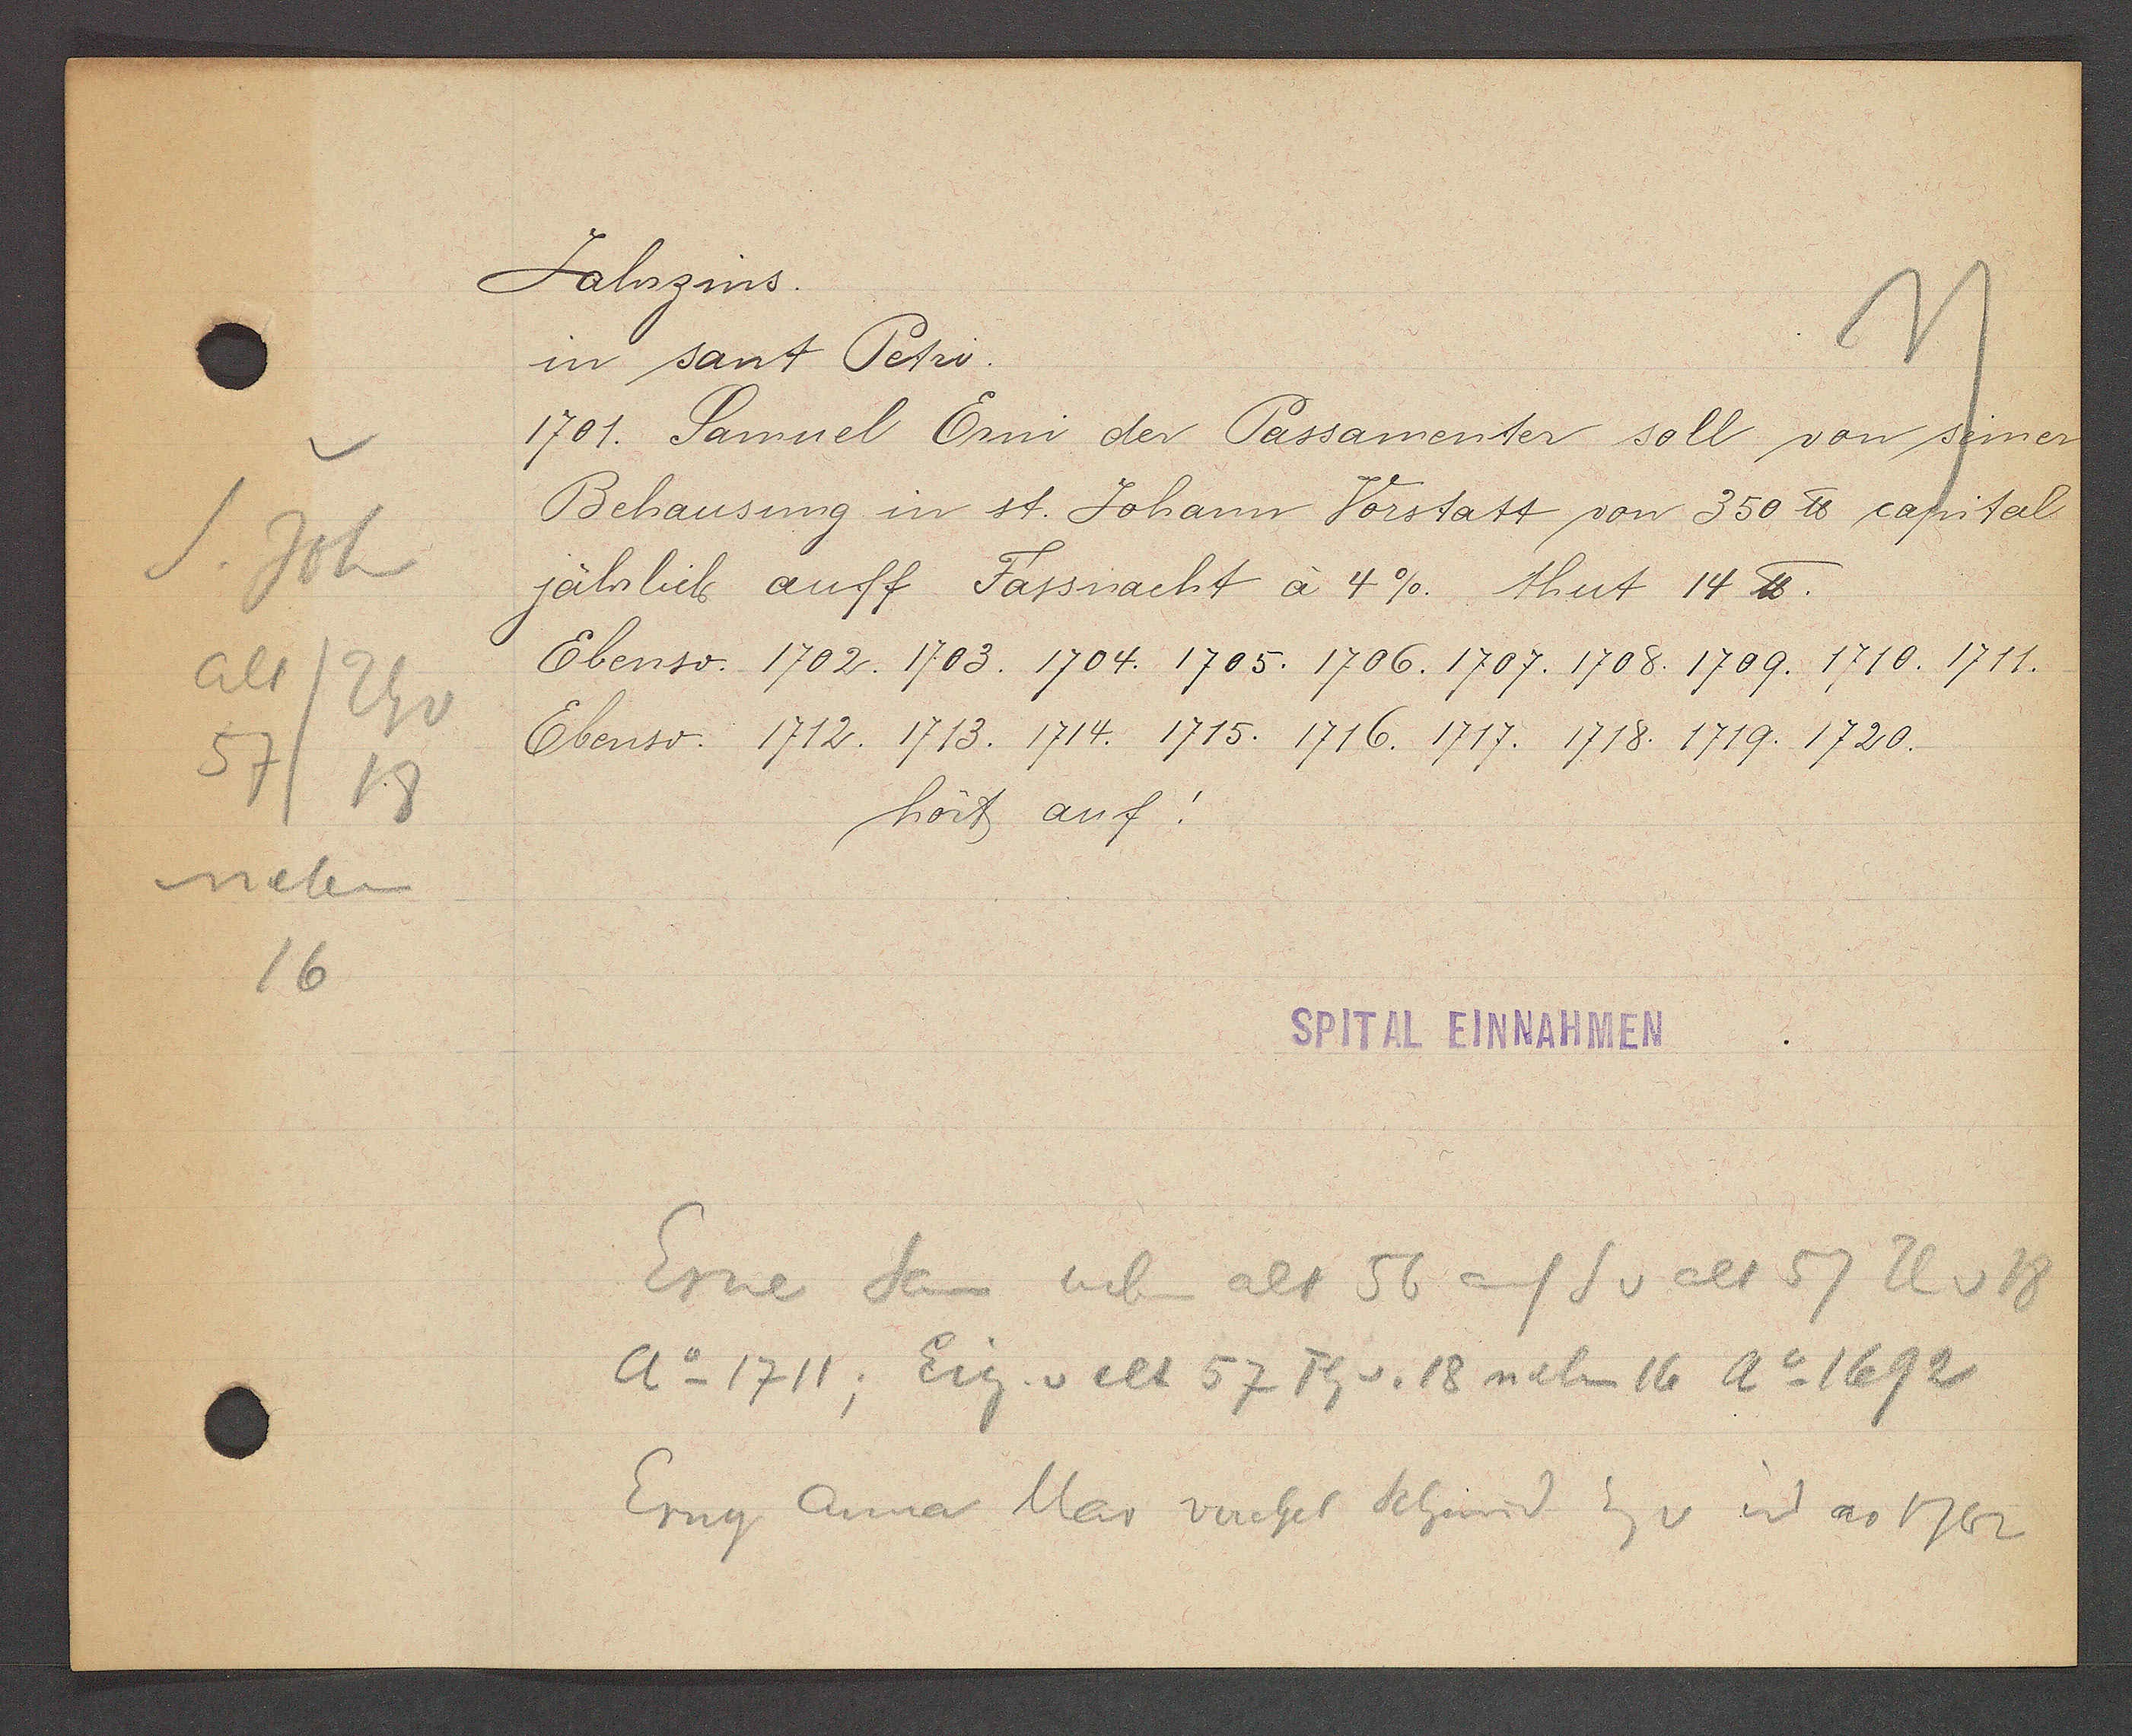
Transcript:
S. Joh
alt/Th v
57
18
neben
16

Jahrzins.

in sant Petri.
1701. Samuel Erni der Passamenter soll von seiner
Behausung in st. Johann Vorstatt von 350 ℔ capital
jährlich auff Fassnacht à 4%. thut 14 ℔.
Ebenso. 1702. 1703. 1704. 1705. 1706. 1707. 1708. 1709. 1710. 1711.
Ebenso. 1712. 1713. 1714. 1715. 1716. 1717. 1718. 1719. 1720.
hört auf!

SPITAL EINNAHMEN

Erne San neben alt 56 auf S v alt 57 Th v 18
Ao 1711, Eig v alt 57 Th v. 18 neben 16 Ao 1692
Erny Anna Mar verchel Schmid Eg v id ao 1762